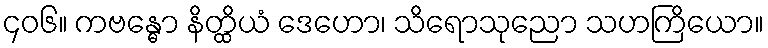
၄၀၆။ ကဗန္ဓော နိတ္ထိယံ ဒေဟော၊ သိရောသုညော သဟကြိယော။